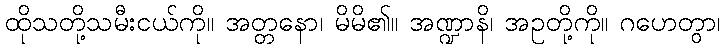
ထိုသတို့သမီးငယ်ကို။ အတ္တနော၊ မိမိ၏။ အဏ္ဍာနိ၊ အဥတို့ကို။ ဂဟေတွာ၊